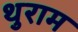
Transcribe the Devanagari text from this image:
थुराम